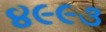
૪૯૯૩